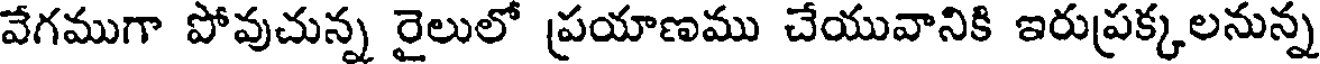
వేగముగా పోవుచున్న రైలులో ప్రయాణము చేయువానికి ఇరుప్రక్కలనున్న